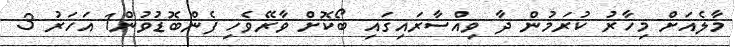
މާލެއަށް މިހާރު ކުރަމުން ދާ ވިއްސާރައިގައި ބޯކޮށް ވާރޭވެހި ފެންބޮޑުވުން1 އަހަރު 3